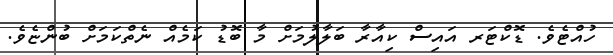
ހުއްޓެވެ. ޑޮކްޓަރ އައިސް ކިއާރާ ބަލާލުމަށް މާ ބޮޑު ކަމެއް ނެތްކަމަށް ބުންޏެވެ.